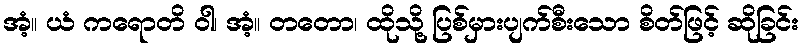
အံ့။ ယံ ကရောတိ ဝါ၊ အံ့။ တတော၊ ထိုသို့ ပြစ်မှားပျက်စီးသော စိတ်ဖြင့် ဆိုခြင်း